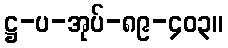
ဋ္ဌ-ပ-အုပ်-၈၉-၄၀၃။